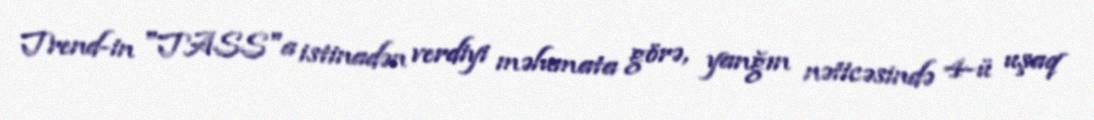
Trend-in "TASS"a istinadən verdiyi məlumata görə, yanğın nəticəsində 4-ü uşaq